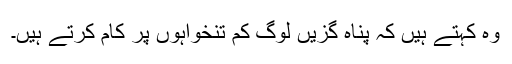
وہ کہتے ہیں کہ پناہ گزیں لوگ کم تنخواہوں پر کام کرتے ہیں۔